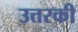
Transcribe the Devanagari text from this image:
उत्तरकी